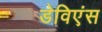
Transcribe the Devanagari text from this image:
डेविएंस